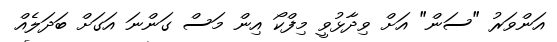
އަންވަރު "ސަން" އަށް ވިދާޅުވީ މިފްކޯ އިން މަސް ގަންނަ އަގަށް ބަދަލެއް